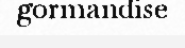
gormandise